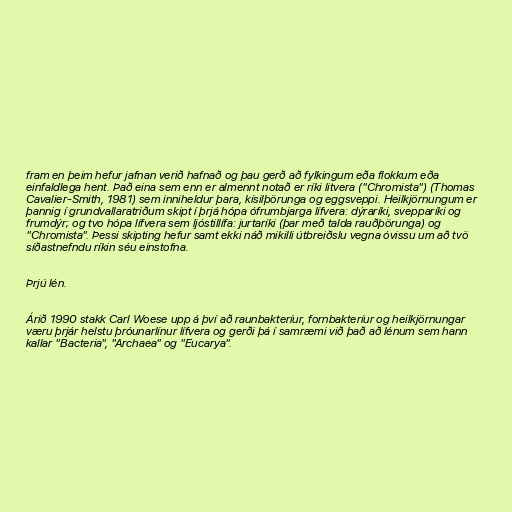
fram en þeim hefur jafnan verið hafnað og þau gerð að fylkingum eða flokkum eða
einfaldlega hent. Það eina sem enn er almennt notað er ríki litvera ("Chromista") (Thomas
Cavalier-Smith, 1981) sem inniheldur þara, kísilþörunga og eggsveppi. Heilkjörnungum er
þannig í grundvallaratriðum skipt í þrjá hópa ófrumbjarga lífvera: dýraríki, svepparíki og
frumdýr; og tvo hópa lífvera sem ljóstillífa: jurtaríki (þar með talda rauðþörunga) og
"Chromista". Þessi skipting hefur samt ekki náð mikilli útbreiðslu vegna óvissu um að tvö
síðastnefndu ríkin séu einstofna.

Þrjú lén.

Árið 1990 stakk Carl Woese upp á því að raunbakteríur, fornbakteríur og heilkjörnungar
væru þrjár helstu þróunarlínur lífvera og gerði þá í samræmi við það að lénum sem hann
kallar "Bacteria", "Archaea" og "Eucarya".